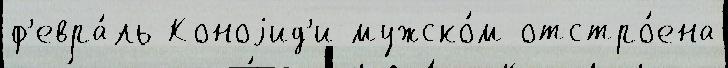
ф'евра́ль Коноjид'и мужско́м отстро́ена